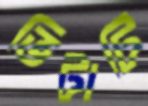
ভিটাটি